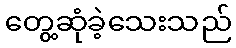
တွေ့ဆုံခဲ့သေးသည်